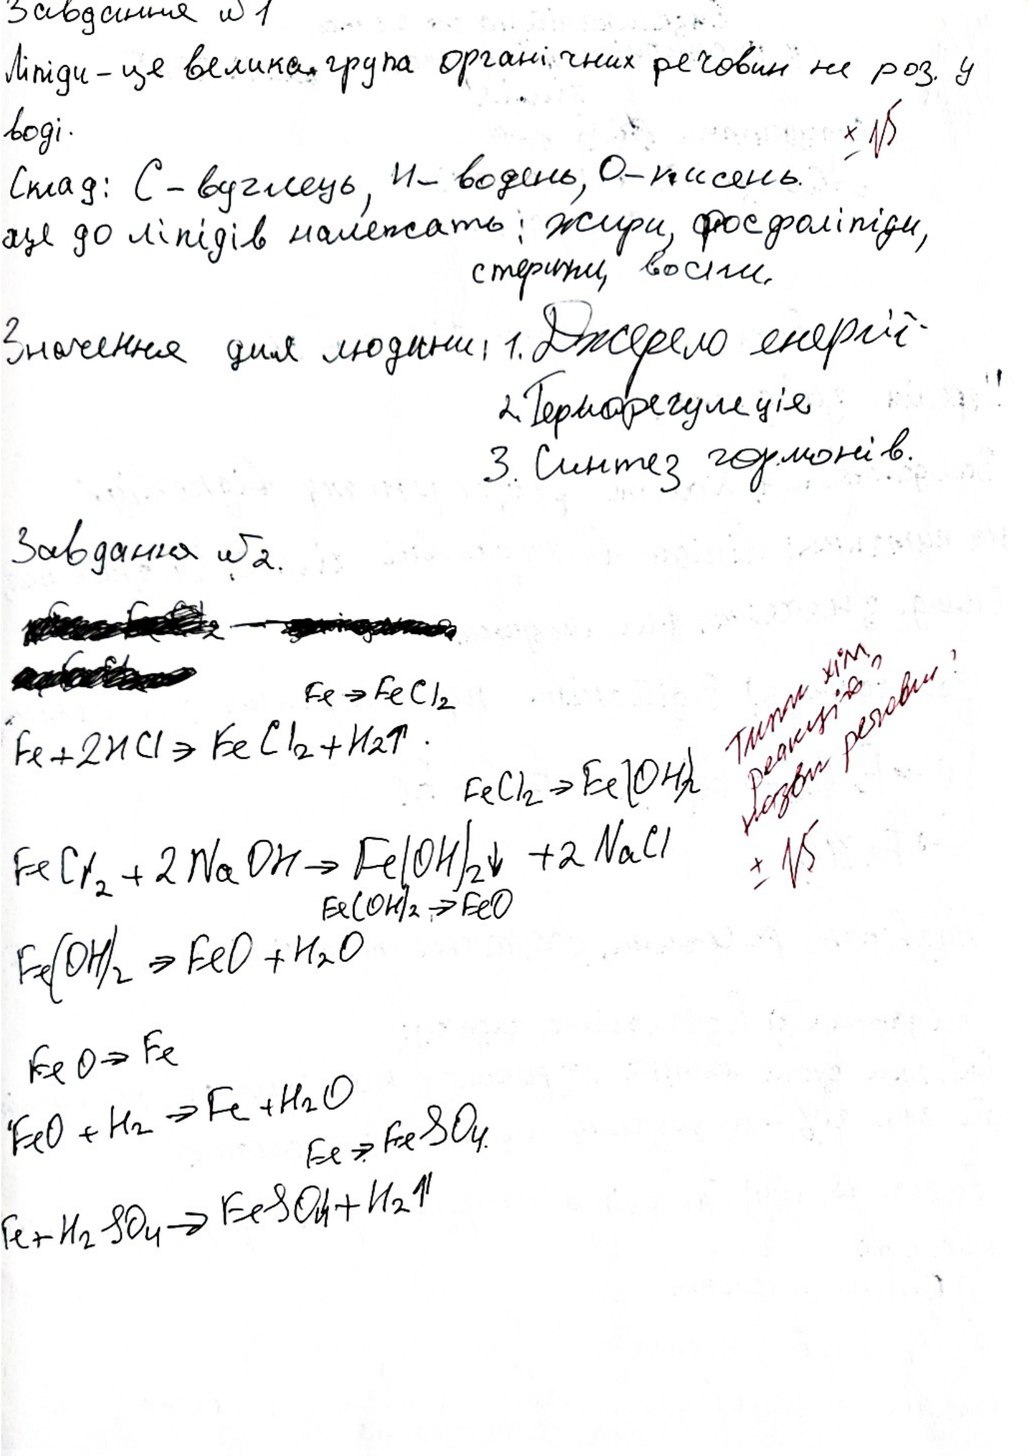
Завдання №1
Ліпіди - це велика група органічних речовин не роз. у
± 15
воді.
Склад: С - вуглець, Н - водень, О - кисень.
ще до ліпідів належать: жири, фосфоліпіди,
стерини, воски.
Значення для людини: 1. Джерело енергії
2. Терморегуляція
3. Синтез гормонів.
Завдання №2.
Типи хім. реакцій? Назви речовин? ± 15
Fe → FeCl₂
Fe + 2HCl \to FeCl_2 + H_2 \uparrow
FeCl_2 \to Fe(OH)_2
FeCl_2 + 2NaOH \to Fe(OH)_2 \downarrow + 2NaCl
Fe(OH)_2 \to FeO
Fe(OH)_2 \to FeO + H_2O
FeO \to Fe
FeO + H_2 \to Fe + H_2O
Fe \to FeSO_4.
Fe + H_2SO_4 \to FeSO_4 + H_2 \uparrow